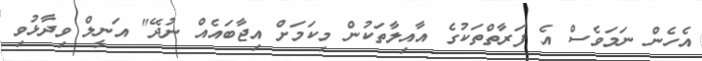
އެހެން ނަމަވެސް އެ ފަރާތްތަކުގެ އާއިލާތަކުން މިކަމަށް އިޖާބައެއް ނުދޭ" އަނީލް ވިދާޅުވި